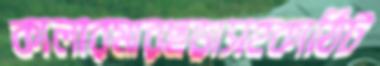
কালারমারছড়াসহকাঠিট